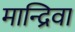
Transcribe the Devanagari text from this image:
मान्द्रिवा